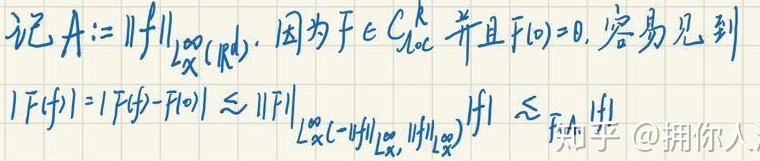
记 \(A:=\| f\|_{L_{x}^{\infty}(\mathbb{R}^{d})}\). 因为 \(F\in C_{loc}^{k}\) 并且 \(F(0) = 0\), 容易见到
\(|F(f)|=|F(f)-F(0)|\lesssim \|F\|_{L_{x}^{\infty}(-\|f\|_{L_{x}^{\infty}},\|f\|_{L_{x}^{\infty}})}|f|\lesssim_{\text{知乎} @拥你人}|f|\)